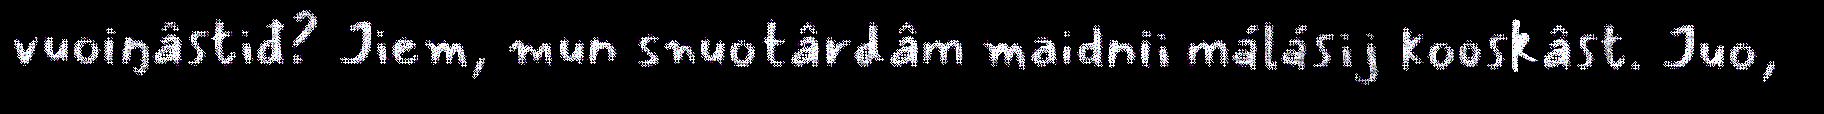
vuoiŋâstiđ? Jiem, mun snuotârdâm maidnii málásij kooskâst. Juo,